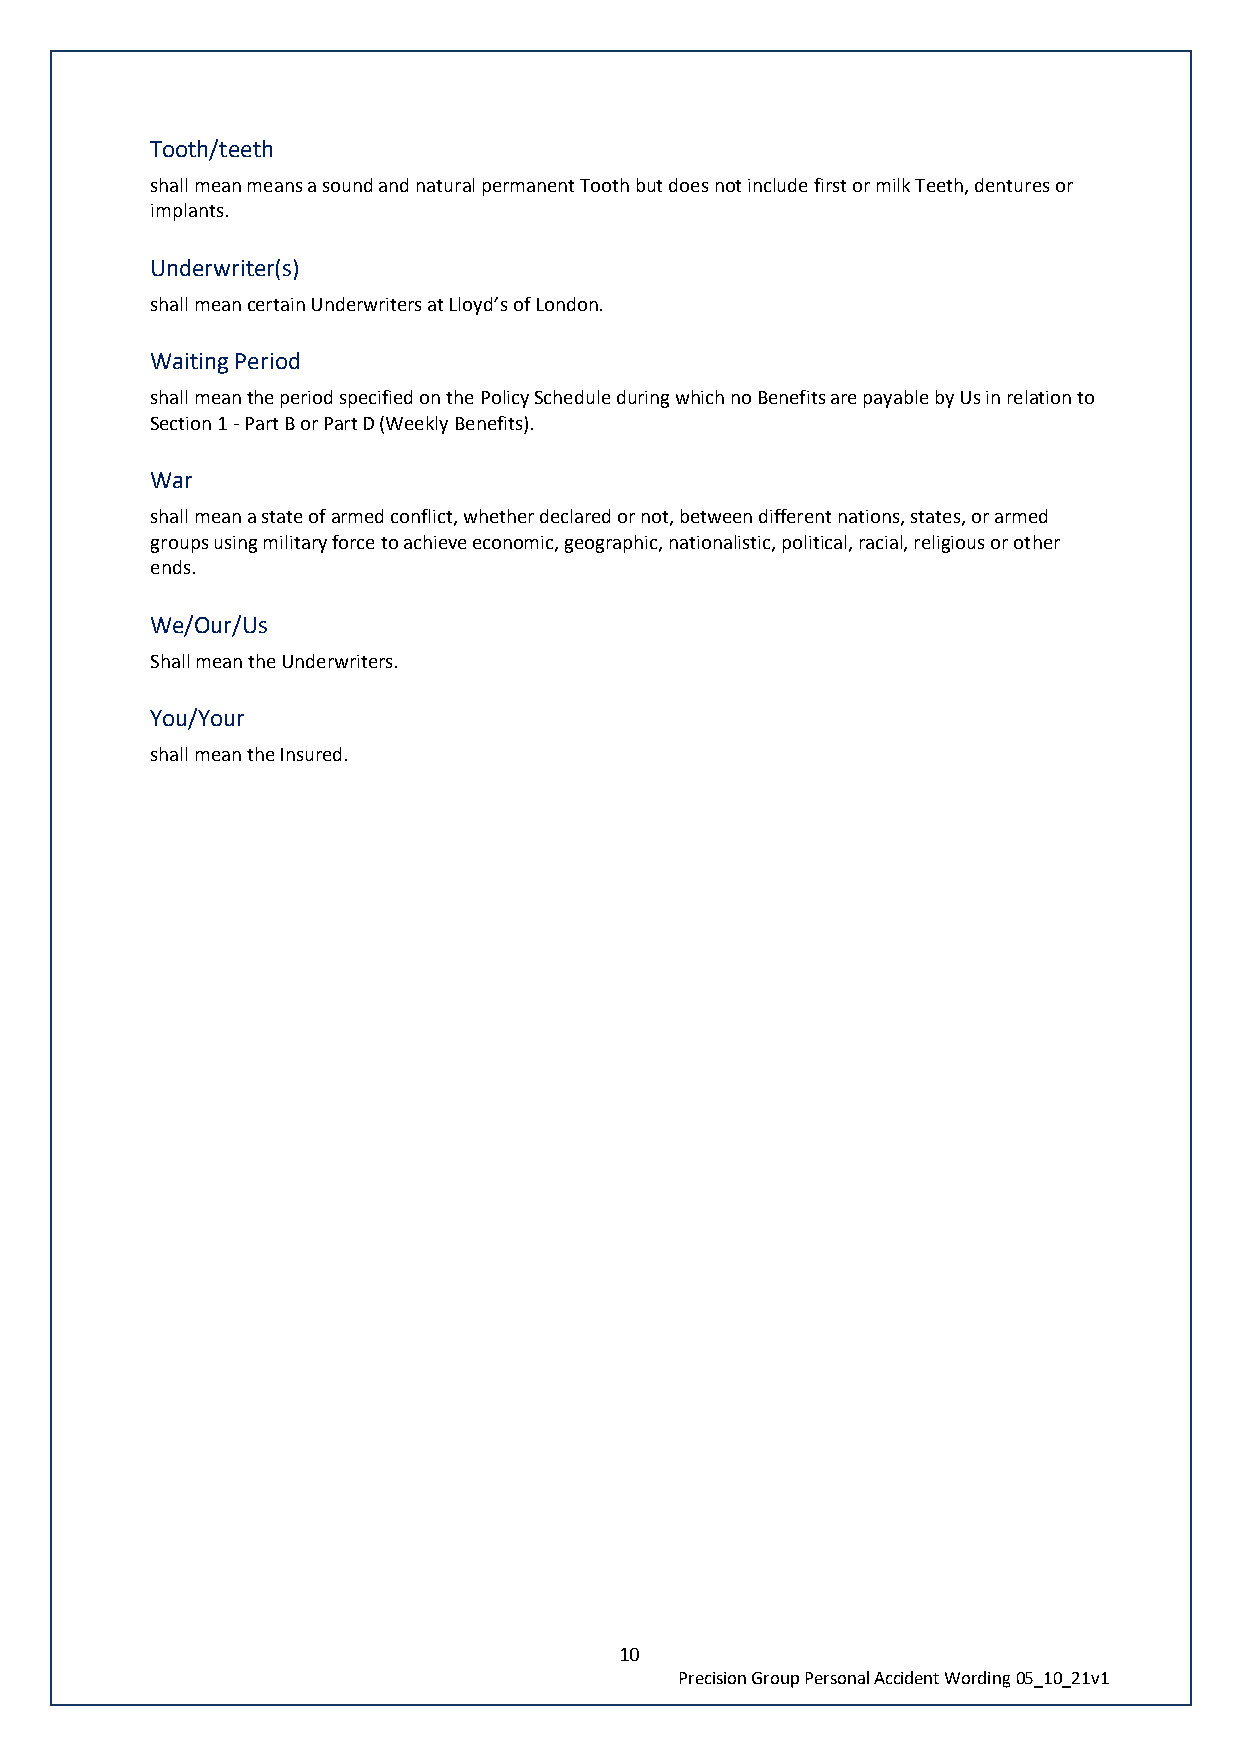
Tooth/teeth
 shall mean means a sound and natural permanent Tooth but does not include first or milk Teeth, dentures or
 implants.
 Underwriter(s)
 shall mean certain Underwriters at Lloyd’s of London.
 Waiting Period
 shall mean the period specified on the Policy Schedule during which no Benefits are payable by Us in relation to
 Section 1 - Part B or Part D (Weekly Benefits).
 War
 shall mean a state of armed conflict, whether declared or not, between different nations, states, or armed
 groups using military force to achieve economic, geographic, nationalistic, political, racial, religious or other
 ends.
 We/Our/Us
 Shall mean the Underwriters.
 You/Your
 shall mean the Insured.
 10
 Precision Group Personal Accident Wording 05_10_21v1